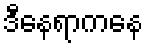
ဒီနေရာကနေ